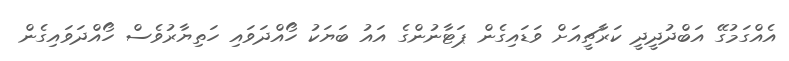
އެއްގަމުގޭ އަބްދުދީދީ ކަރާޗީއަށް ވަޑައިގެން ޕަޓާނުންގެ އައު ބަޔަކު ހޯއްދަވައި ހަތިޔާރުވެސް ހޯއްދަވައިގެން